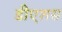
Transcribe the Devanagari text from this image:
डीएशस